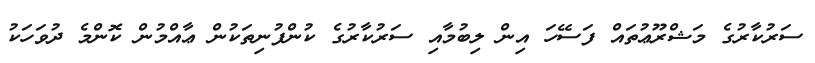
ސަރުކާރުގެ މަޝްރޫޢުތައް ފަސޭހަ އިން ލިބުމާއި ސަރުކާރުގެ ކުންފުނިތަކުން ޢާއްމުން ކޮންމެ ދުވަހަކު